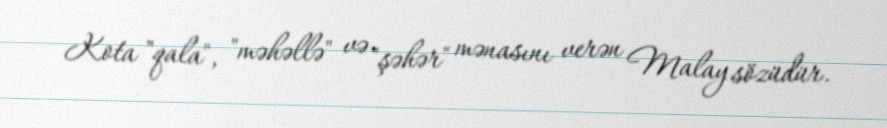
Kota "qala", "məhəllə" və "şəhər" mənasını verən Malay sözüdür.